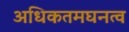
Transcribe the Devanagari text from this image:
अधिकतमघनत्व